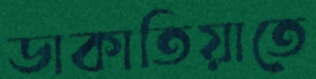
ডাকাতিয়াতে